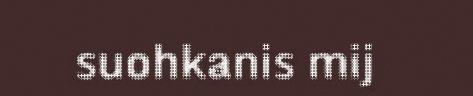
suohkanis mij